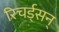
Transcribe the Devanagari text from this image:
रिचर्ड्‌सन्‌